Asutav_Kogu, lk 42
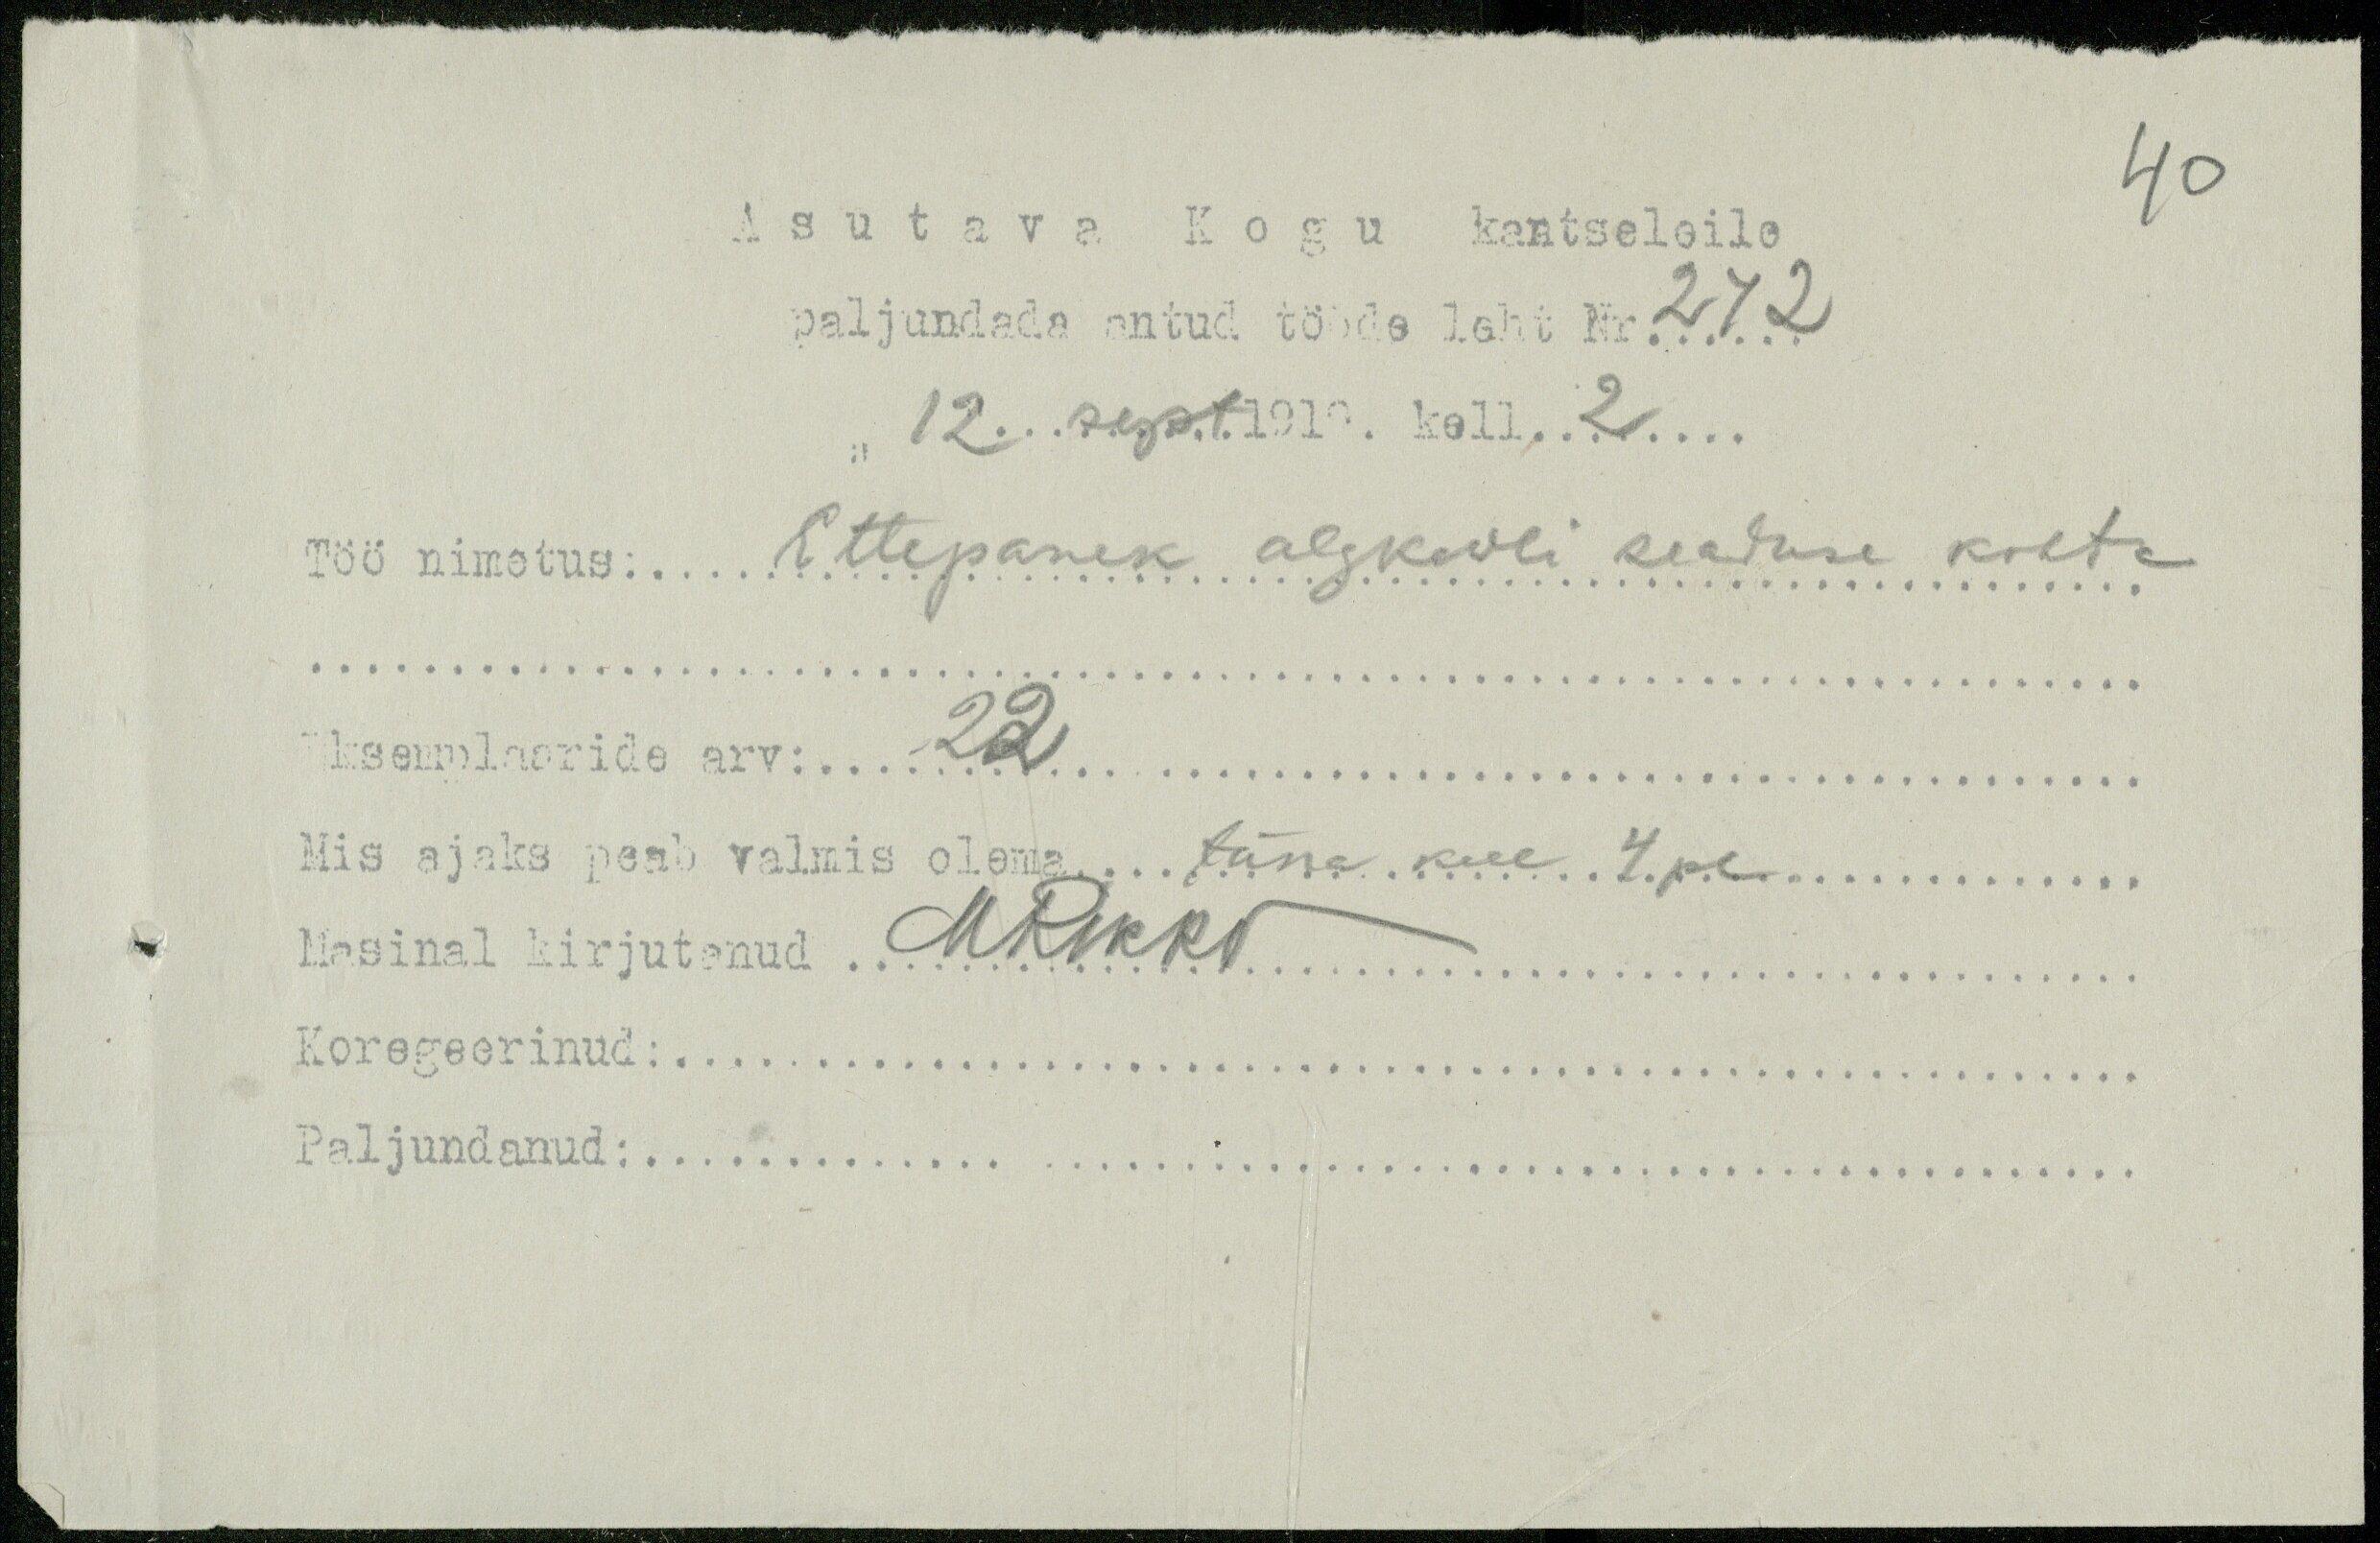
40
Asutava Kogu kantseleile
paljundada antud tööde leht Nr 272
12. sept. 1919. kell 2
Töö nimetus: Ettepanek algkooli seaduse kohta
Eksemplaaride  arv 22
Mis ajaks peab valmis olema täna kell 4 pl
Masinal kirjutanud M Rikko
Koregeerinud:
Paljundanud: